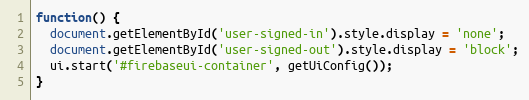
Language: JavaScript
function() {
  document.getElementById('user-signed-in').style.display = 'none';
  document.getElementById('user-signed-out').style.display = 'block';
  ui.start('#firebaseui-container', getUiConfig());
}